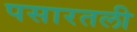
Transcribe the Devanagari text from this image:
पसारतली